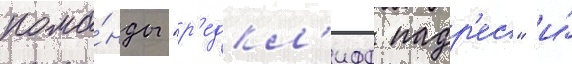
кома́нды "р'едкл'ифф падр'ес" и́